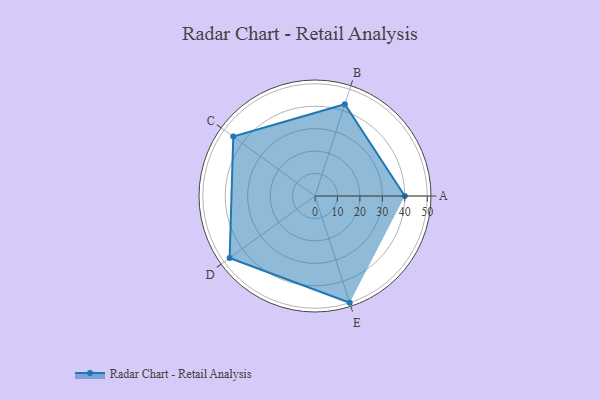
{"axis": {"x": "Skill", "y": "Score"}, "legend": ["Profile"], "data": [{"x": "A", "y": 40.0, "type": "Profile"}, {"x": "B", "y": 43.0, "type": "Profile"}, {"x": "C", "y": 45.0, "type": "Profile"}, {"x": "D", "y": 47.0, "type": "Profile"}, {"x": "E", "y": 50.0, "type": "Profile"}]}